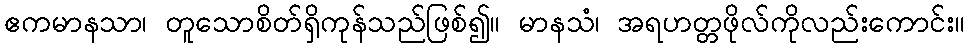
ဧကမာနသာ၊ တူသောစိတ်ရှိကုန်သည်ဖြစ်၍။ မာနသံ၊ အရဟတ္တဖိုလ်ကိုလည်းကောင်း။